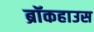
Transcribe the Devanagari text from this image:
ब्रॉकहाउस